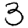
Digit: 3